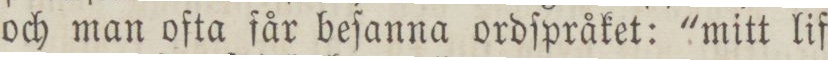
och man ofta får beſanna ordſpråket: 'mitt lif